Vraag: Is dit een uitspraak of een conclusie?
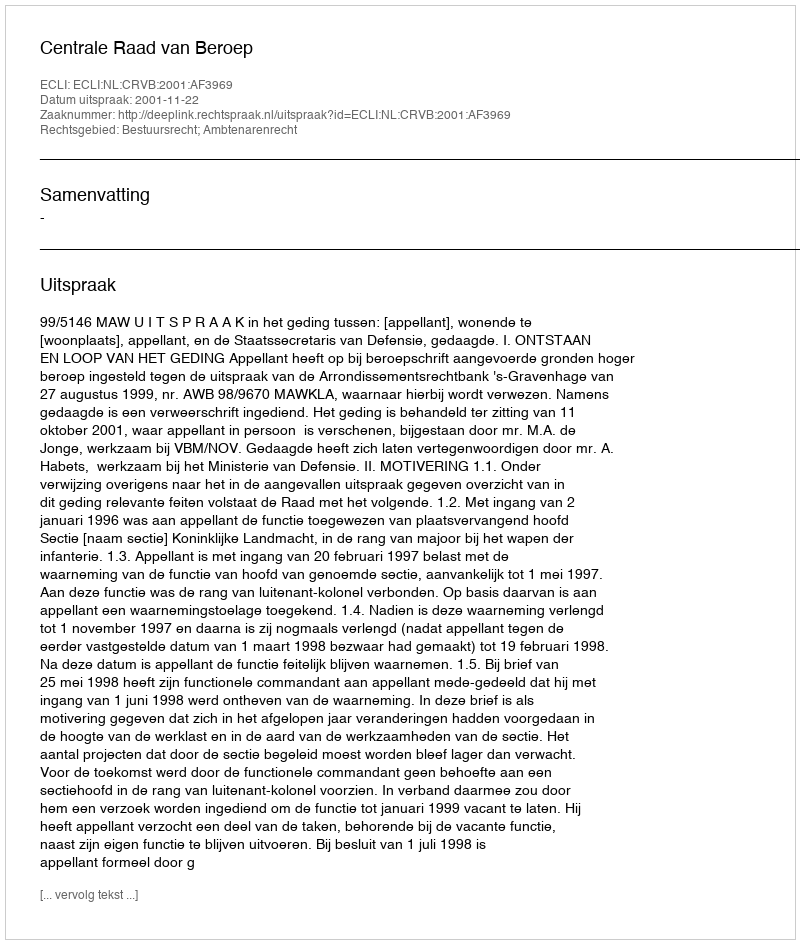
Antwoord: Uitspraak